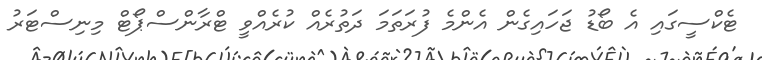
ޓެކްސީގައި އެ ބޯޑު ޖަހައިގެން އެންމެ ފުރަތަމަ ދަތުރެއް ކުރެއްވީ ޓްރާންސްޕޯޓް މިނިސްޓަރު